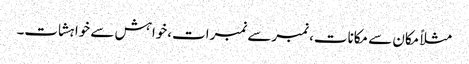
مثلاً مکان سے مکانات، نمبرسے نمبرات،خواہش سے خواہشات۔